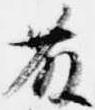
藤